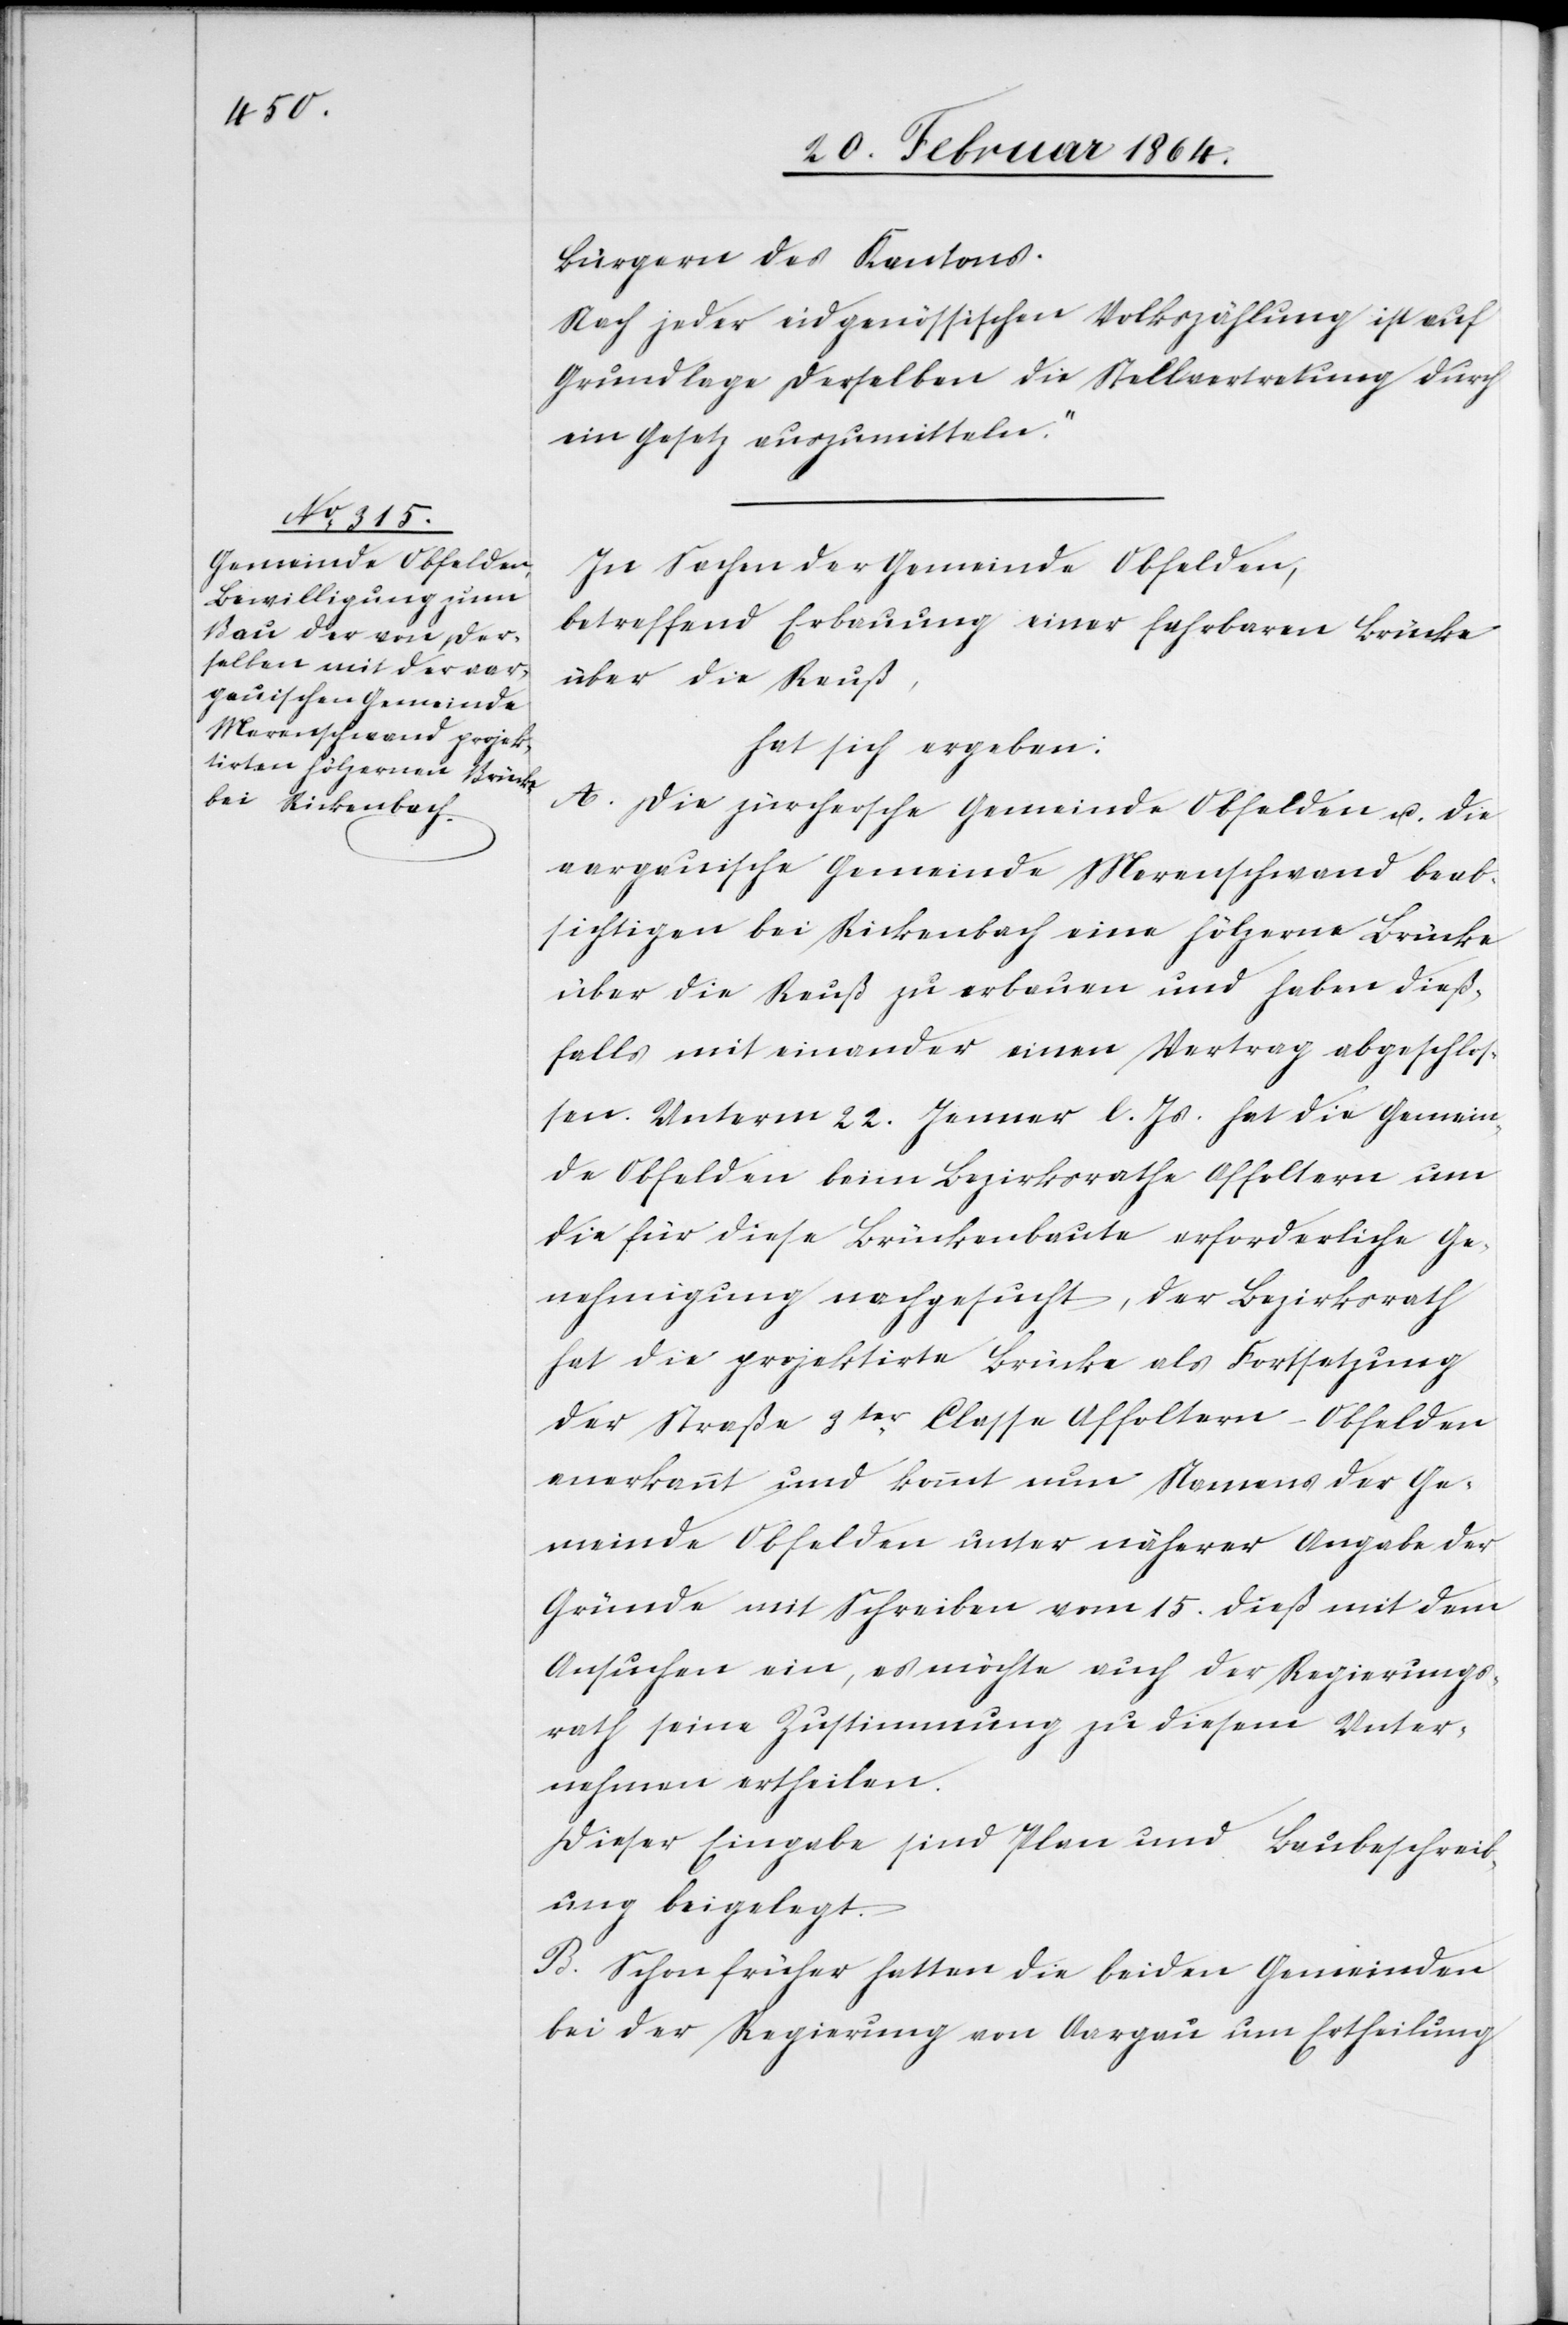
Bürgern des Kantons.
Nach jeder eidgenössischen Volkszählung ist auf
Grundlage derselben die Stellvertretung durch
ein Gesetz auszumitteln.“
In Sachen der Gemeinde Obfelden,
betreffend Erbauung einer fahrbaren Brücke
über die Reuß,
hat sich ergeben:
A. Die zürchersche Gemeinde Obfelden u. die
aargauische Gemeinde Merenschwand beab¬
sichtigen bei Rickenbach eine hölzerne Brücke
über die Reuß zu erbauen und haben dieß¬
falls mit einander einen Vertrag abgeschlos¬
sen. Unterm 22. Januar l. Js. hat die Gemein¬
de Obfelden beim Bezirksrathe Affoltern um
die für diese Brückenbaute erforderliche Ge¬
nehmigung nachgesucht, der Bezirksrath
hat die projektirte Brücke als Fortsetzung
der Straße 3ter Classe Affoltern-Obfelden
anerkannt und kommt nun Namens der Ge¬
meinde Obfelden unter näherer Angabe der
Gründe mit Schreiben vom 15. dieß mit dem
Ansuchen ein, es möchte auch der Regierungs¬
rath seine Zustimmung zu diesem Unter¬
nehmen ertheilen.
Dieser Eingabe sind Plan und Baubeschreib¬
ung beigelegt.
B. Schon früher hatten die beiden Gemeinden
bei der Regierung von Aargau um Ertheilung